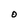
Character: 0